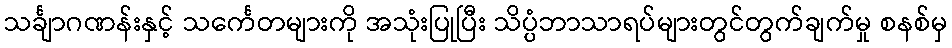
သင်္ချာဂဏန်းနှင့် သင်္ကေတများကို အသုံးပြုပြီး သိပ္ပံဘာသာရပ်များတွင်တွက်ချက်မှု စနစ်မှ